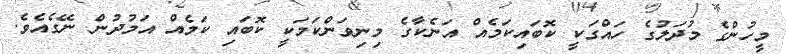
މީހުންގެ މުދަލުގެ ހައްގަކީ ކޮބައިކަމެއް އަނެކާގެ މިނިވަންކަމަކީ ކޮބައި ކަމެއް އަމުދުން ނޭގެއެވެ.